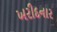
ખરીદનાર